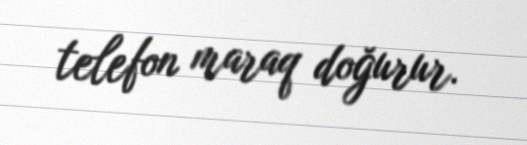
telefon maraq doğurur.